Vaccination in the Punjab 1897-1904 - 1897-1904
Year: 1897
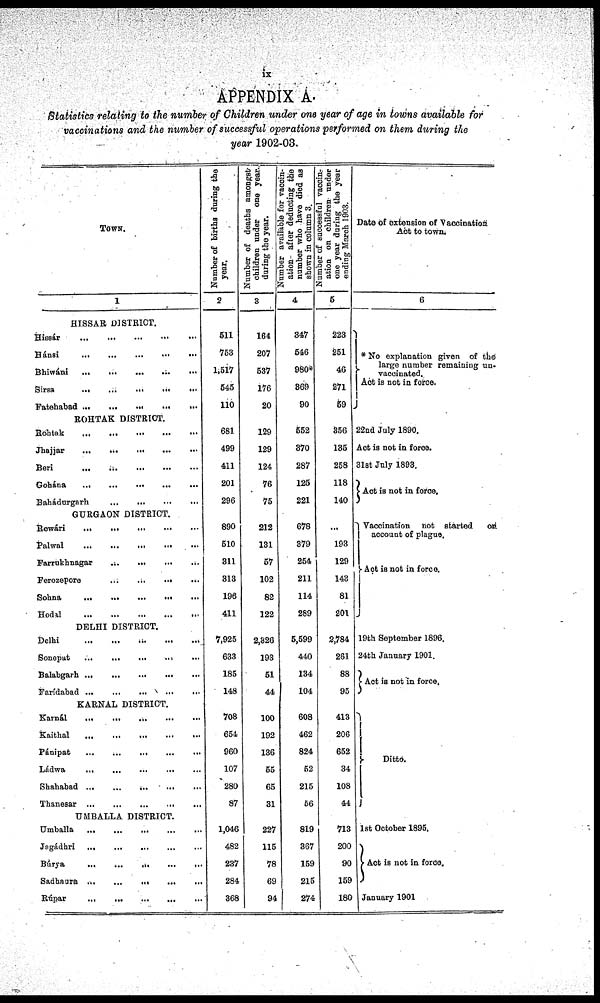
ix
APPENDIX A.
Statistics relating to the number of Children under one year of age in towns available for
vaccinations and the number of successful operations performed on them during the
year 1902-03.
TOWN.
1
HISSAR DISTRICT.
Hissár
...
...
...
...
...
Hánsi
...
...
...
...
...
Bhiwáni
...
...
...
...
...
Sirsa
...
...
...
...
...
Fatehabad
...
...
...
...
...
ROHTAK DISTRICT.
Rohtak
...
...
...
...
...
Jhajjar
...
...
...
...
...
Beri
...
...
...
...
...
Gohána
...
...
...
...
...
Bahádurgarh
...
...
...
...
...
GURGAON DISTRICT.
Rewári
...
...
...
...
...
Palwal
...
...
...
...
...
Farrukhnagar
...
...
...
...
...
Ferozepore
...
...
...
...
...
Sohna
...
...
...
...
...
Hodal
...
...
...
...
...
DELHI DISTRICT.
Delhi
...
...
...
...
...
Sonepat
...
...
...
...
...
Balabgarh
...
...
...
...
...
Farídabad
...
...
...
...
...
KARNAL DISTRICT.
Karnál
...
...
...
...
...
Kaithal
...
...
...
...
...
Pánipat
...
...
...
...
...
Ládwa
...
...
...
...
...
Shahabad
...
...
...
...
...
Thanesar
...
...
...
...
...
UMBALLA DISTRICT.
Umballa
...
...
...
...
...
Jagádhri
...
...
...
...
...
Búrya
...
...
...
...
...
Sadhaura ... ... ... ... ...
Rúpar
...
...
...
...
...
Number of births during the
year.
2
511
753
1,517
545
110
681
499
411
201
296
890
510
311
313
196
411
7,925
633
185
148
708
654
960
107
280
87
1,046
482
237
284
368
Number of deaths amongst
children under one year
during the year.
3
164
207
537
176
20
129
129
124
76
75
212
131
57
102
82
122
2,326
193
51
44
100
192
136
55
65
31
227
115
78
69
94
Number available for vaccin-
ation after deducting the
number who have died as
shown in column 3.
4
347
546
980*
369
90
552
370
287
125
221
678
379
254
211
114
289
5,599
440
134
104
608
462
824
52
215
56
819
367
159
215
274
Number of successful vaccin¬
ation on children under
one year during the year
ending March 1903.
5
223
251
46
271
59
356
135
258
118
140
...
193
129
143
81
201
2,784
261
88
95
413
206
652
34
108
44
713
200
90
159
180
Date of extension of Vaccination
Act to town.
6
* No explanation given of the
large number remaining un¬
vaccinated.
Act is not in force.
22nd July 1890.
Act is not in force.
31st July 1893.
Act is not in force.
Vaccination not started
on
account of plague.
Act is not in force.
19th September 1896.
24th January 1901.
Act is not in force.
Ditto.
1st October 1895.
Act is not in force.
January 1901.